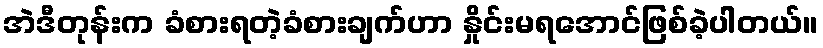
အဲဒီတုန်းက ခံစားရတဲ့ခံစားချက်ဟာ နှိုင်းမရအောင်ဖြစ်ခဲ့ပါတယ်။